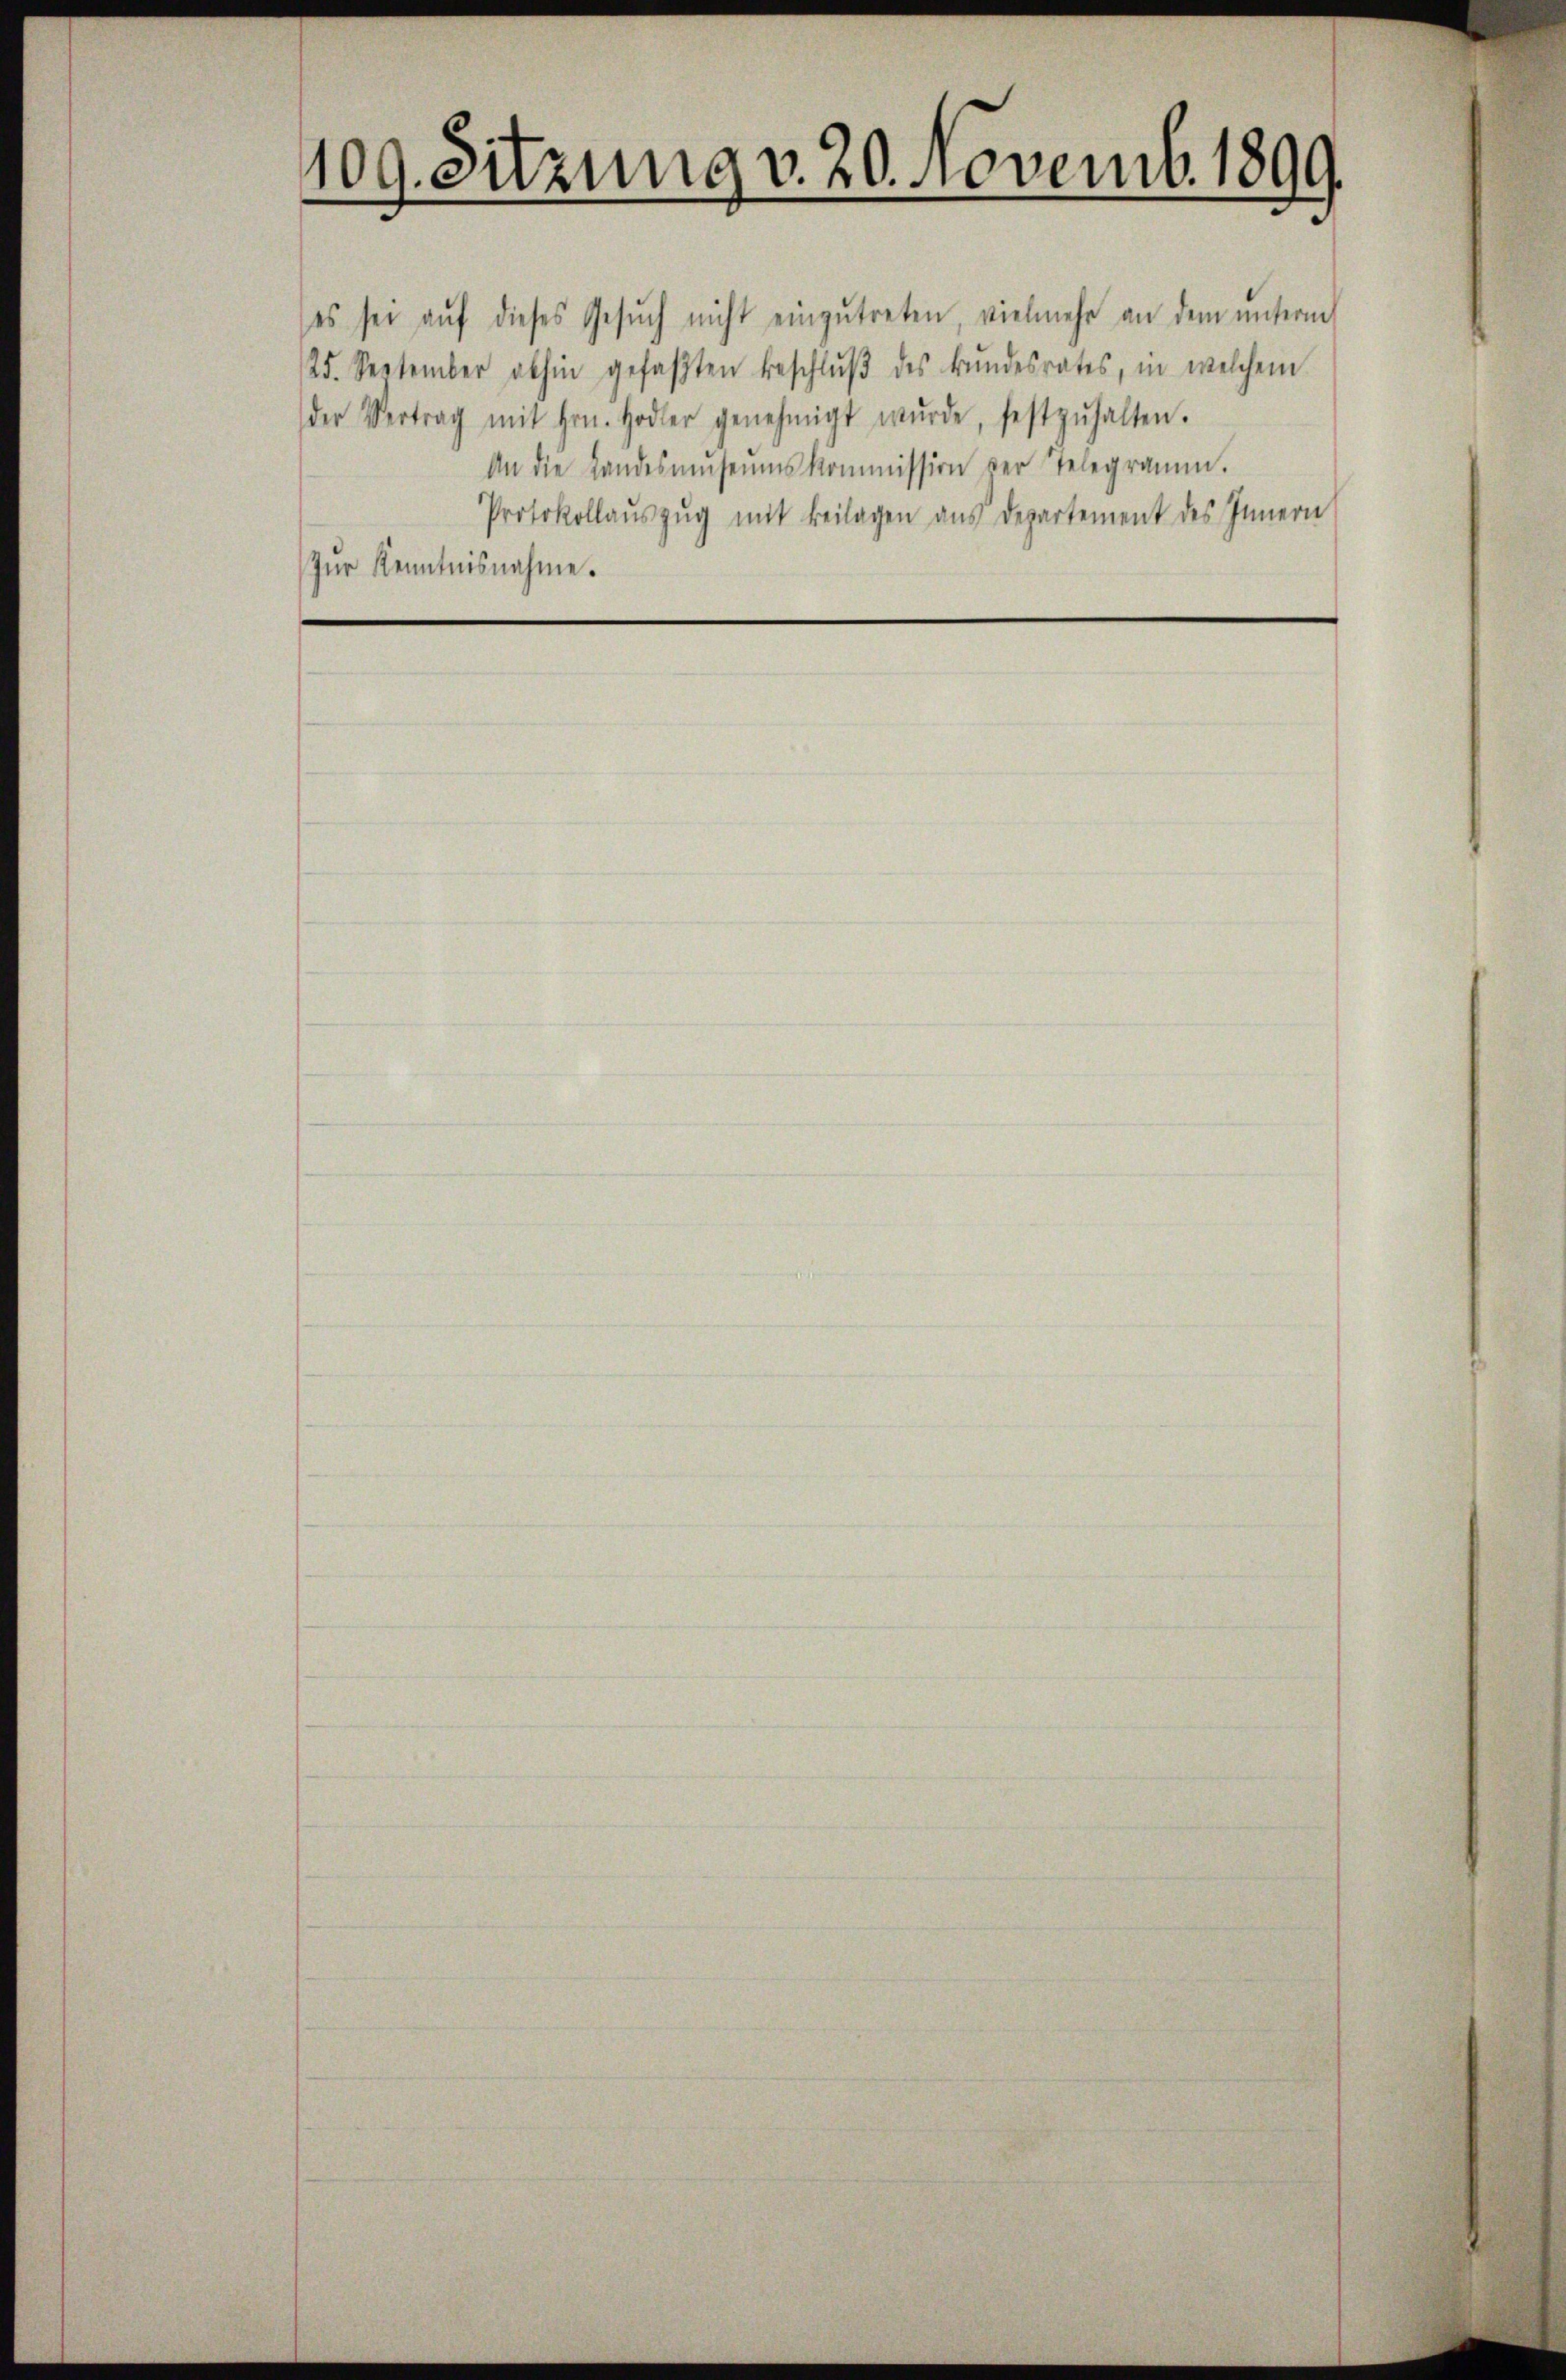
409. Sitzung v. 20. Novemb. 1899

(es sei aŭf dieses Gesŭch nicht einzŭtreten, vielmehr an dem ŭnterm
25. September abhin gefaβten Beschlŭβ des Bŭndesrates, in welchem
der Vertrag mit Hrn. Hodler genehmigt wŭrde, festzŭhalten.
An die Landesmŭseŭmskommission der Telegramm.
Protokollaŭszŭg mit Beilagen aus Departement des Innern
Zur Kenntnisnahme.